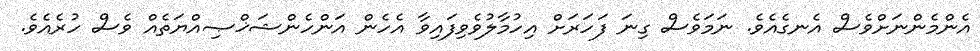
އެންމެންނަށްވެސް އެނގެއެވެ. ނަމަވެސް ގިނަ ފަހަރަށް އިހުމާލުވެވިފައިވާ އެހެން އަންހެންޝަޚްޞިއްޔަތެއް ވެސް ހުރެއެވެ.